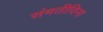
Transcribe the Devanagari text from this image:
संमतीविना